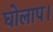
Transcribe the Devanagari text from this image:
घोलाप।